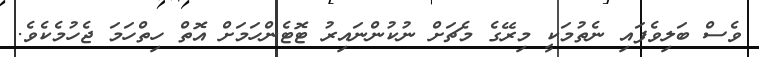
ވެސް ބަލިވެފައި ނެތުމަކީ މިރޭގެ މެޗަށް ނުކުންނައިރު ޓޮޓެންހަމަށް އޮތް ހިތްހަމަ ޖެހުމެކެވެ.